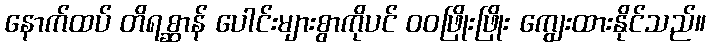
နောက်ထပ် တိရစ္ဆာန် ပေါင်းများစွာကိုပင် ဝဝဖြိုးဖြိုး ကျွေးထားနိုင်သည်။